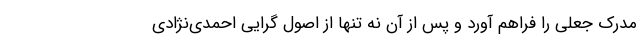
مدرک جعلی را فراهم آورد و پس از آن نه تنها از اصول گرایی احمدی‌نژادی